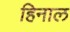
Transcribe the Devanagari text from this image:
हिनाल